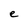
Character: e